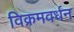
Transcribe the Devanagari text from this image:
विक्रमवर्धन